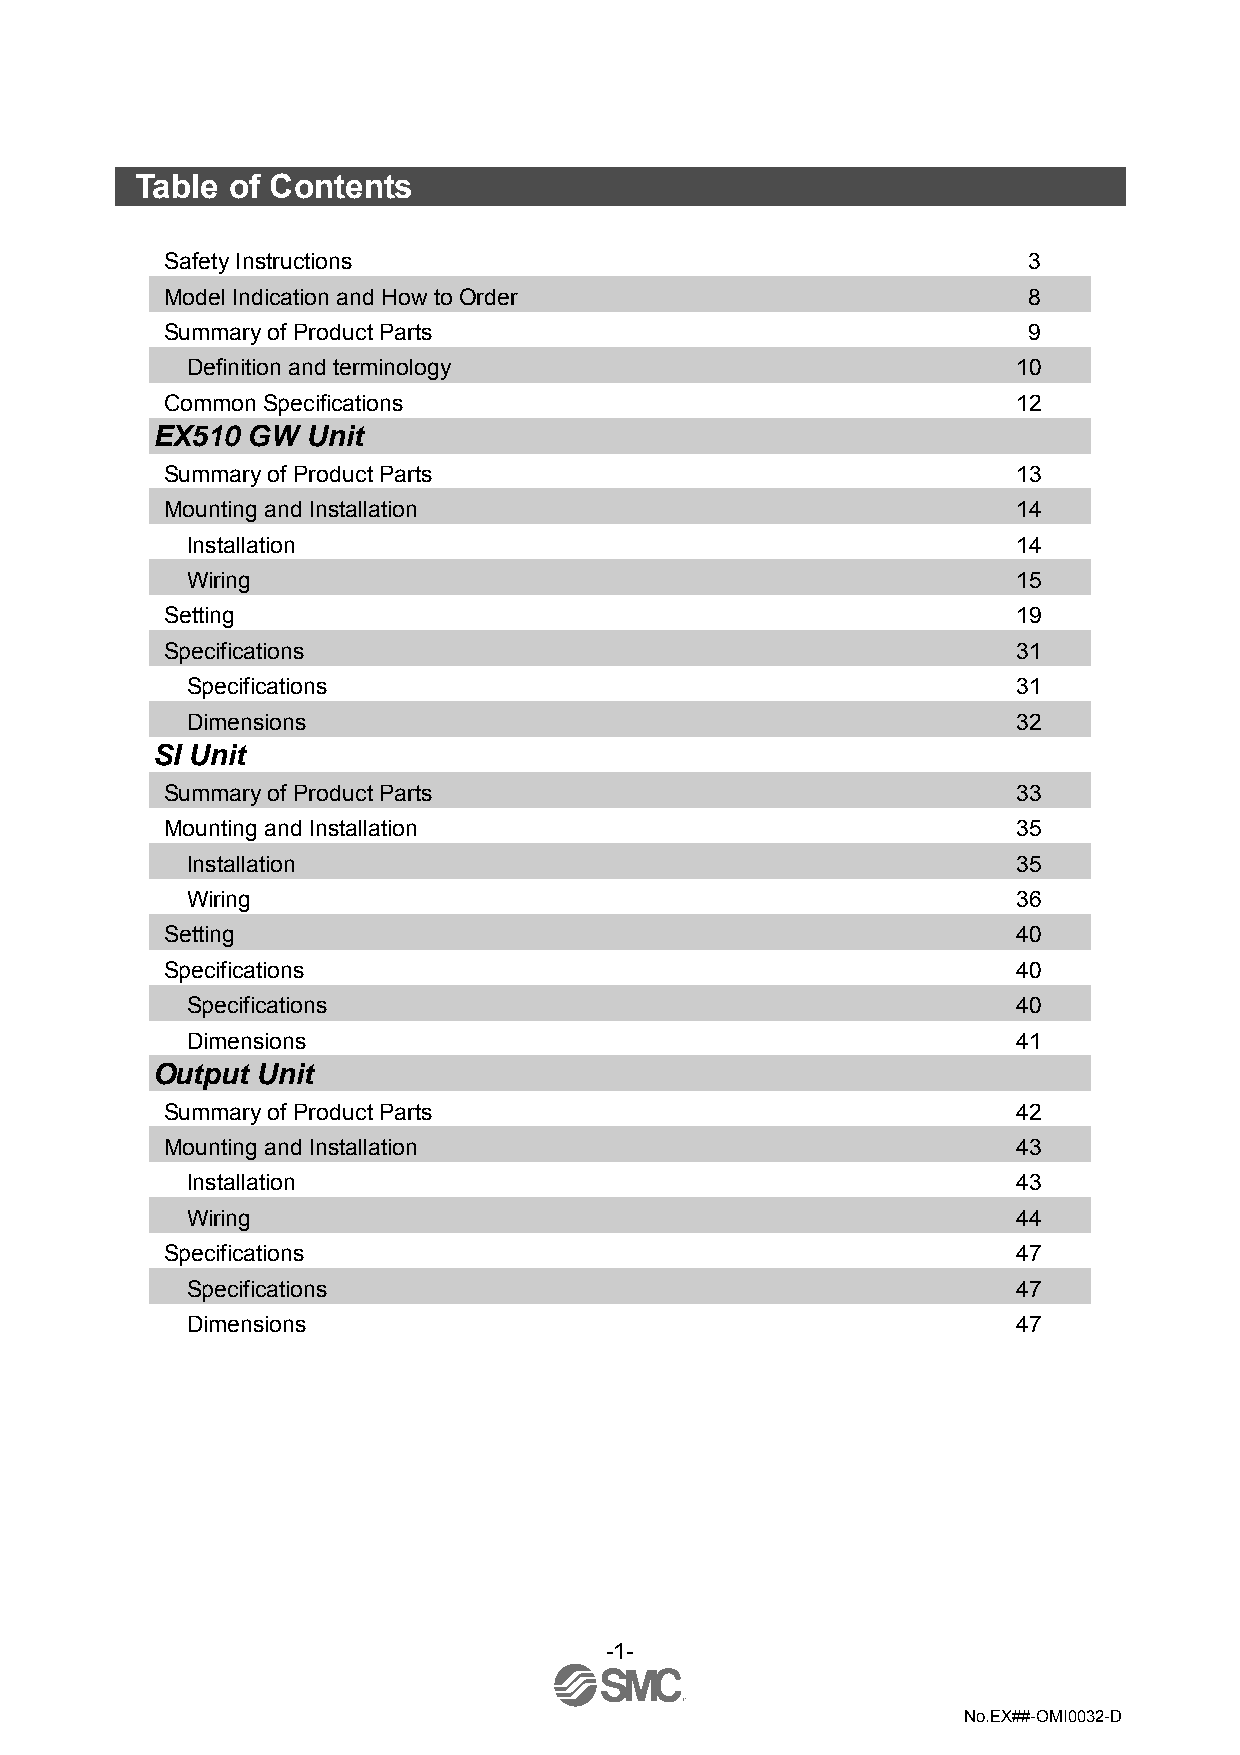
Table of Contents
 Safety Instructions                                      3
 Model Indication and How to Order                        8
 Summary of Product Parts                                 9
 Definition and terminology                             10
 Common Specifications                                   12
 EX510 GW  Unit
 Summary of Product Parts                                13
 Mounting and Installation                               14
 Installation                                           14
 Wiring                                                 15
 Setting                                                 19
 Specifications                                          31
 Specifications                                         31
 Dimensions                                             32
 SI Unit
 Summary of Product Parts                                33
 Mounting and Installation                               35
 Installation                                           35
 Wiring                                                 36
 Setting                                                 40
 Specifications                                          40
 Specifications                                         40
 Dimensions                                             41
 Output Unit
 Summary of Product Parts                                42
 Mounting and Installation                               43
 Installation                                           43
 Wiring                                                 44
 Specifications                                          47
 Specifications                                         47
 Dimensions                                             47
 -1-
 No.EX##-OMI0032-D